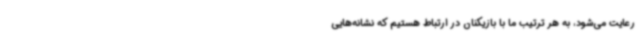
رعایت می‌شود، به هر ترتیب ما با بازیکنان در ارتباط هستیم که نشانه‌هایی